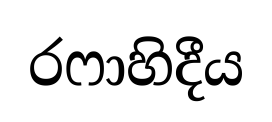
රෆාහිදීය